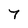
Character: 7